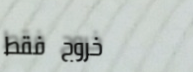
خروج فقط